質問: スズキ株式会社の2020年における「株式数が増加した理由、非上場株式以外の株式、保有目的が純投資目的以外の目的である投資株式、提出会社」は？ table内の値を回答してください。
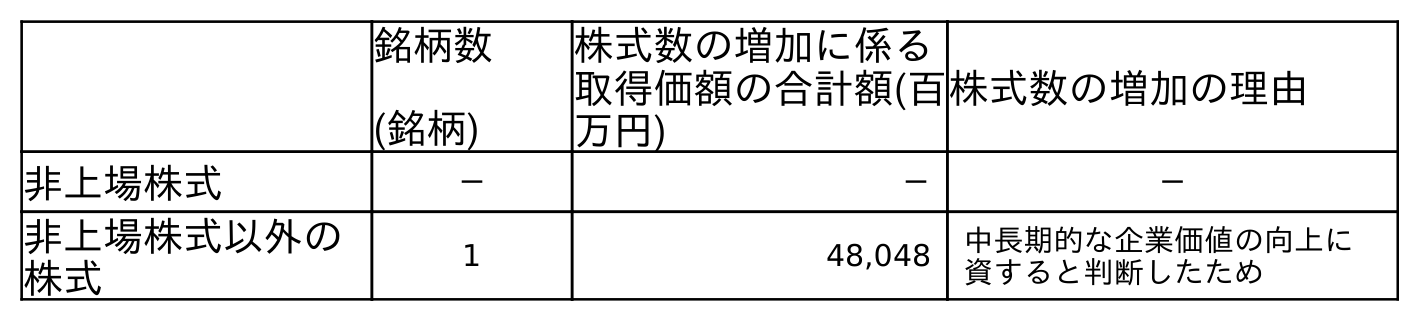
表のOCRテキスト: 銘柄数 (銘柄) 株式数の増加に係る 取得価額の合計額(百 万円) 株式数の増加の理由 非上場株式 － － － 非上場株式以外の 株式 1 48,048 中長期的な企業価値の向上に 資すると判断したため
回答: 中長期的な企業価値の向上に資すると判断したため